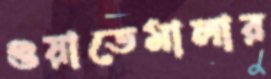
গুয়াতেমালার